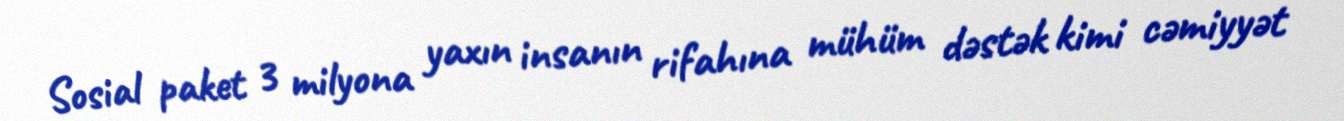
Sosial paket 3 milyona yaxın insanın rifahına mühüm dəstək kimi cəmiyyət